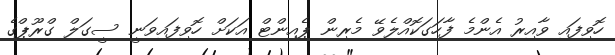
ހޮވިފައި ވާއިރު އެންމެ ފާހަގަކޮއްލެވޭ މެރިން ޕެއިންޓް އަކަށް ހޮވިފައިވަނީ ސީގަލް ގްރޫޕްގެ